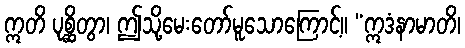
ဣတိ ပုစ္ဆိတွာ၊ ဤသို့မေးတော်မူသောကြောင့်။ “ဣဒံနာမာတိ၊